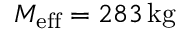
M _ { \mathrm { e f f } } = 2 8 3 \, \mathrm { k g }